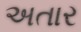
અતાર